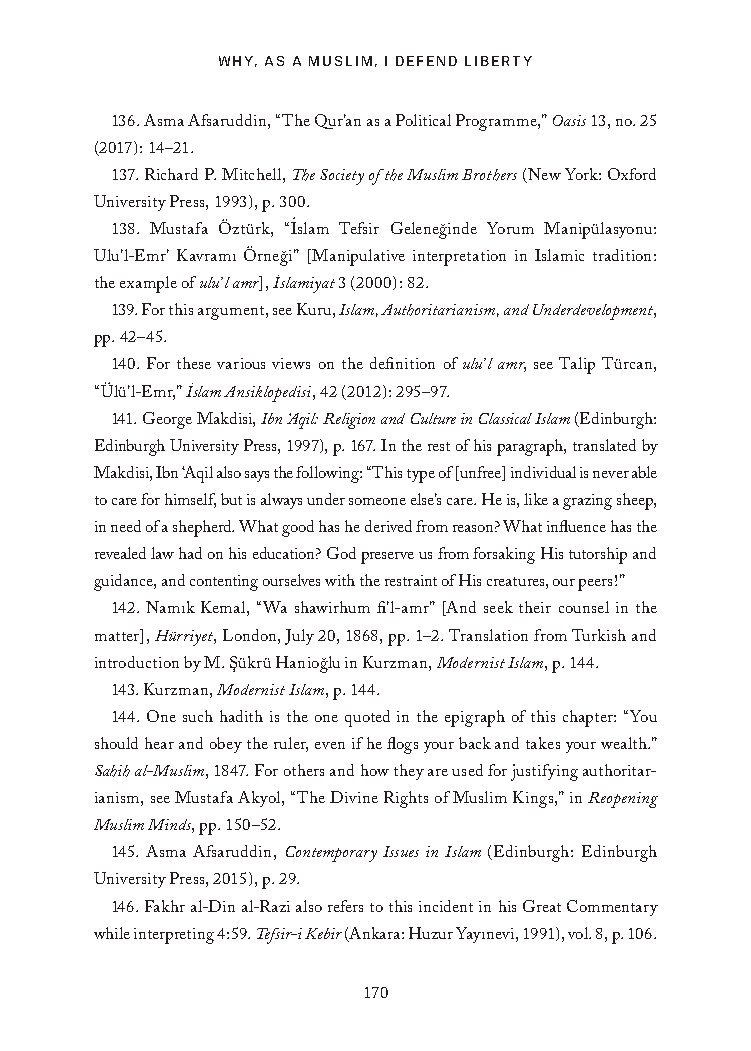
WHY, AS A MUSLIM, I DEFEND LIBERTY
 136. Asma Afsaruddin, “The Qur’an as a Political Programme,” Oasis 13, no. 25
 (2017): 14–21.
 137. Richard P. Mitchell, The Society of the Muslim Brothers (New York: Oxford
 University Press, 1993), p. 300.
 .
 138. Mustafa Öztürk, “Islam Tefsir Geleneg˘inde Yorum Manipülasyonu:
 Ulu’l-Emr’ Kavramı Örneg˘i” [Manipulative interpretation in Islamic tradition:
 the example of ulu’l amr], I˙slamiyat 3 (2000): 82.
 139. For this argument, see Kuru, Islam, Authoritarianism, and Underdevelopment,
 pp. 42–45.
 140. For these various views on the definition of ulu’l amr, see Talip Türcan,
 “Ülü’l-Emr,” I˙slam Ansiklopedisi, 42 (2012): 295–97.
 141. George Makdisi, Ibn ‘Aqil: Religion and Culture in Classical Islam (Edinburgh:
 Edinburgh University Press, 1997), p. 167. In the rest of his paragraph, translated by
 Makdisi, Ibn ‘Aqil also says the following: “This type of [unfree] individual is never able
 to care for himself, but is always under someone else’s care. He is, like a grazing sheep,
 in need of a shepherd. What good has he derived from reason? What influence has the
 revealed law had on his education? God preserve us from forsaking His tutorship and
 guidance, and contenting ourselves with the restraint of His creatures, our peers!”
 142. Namık Kemal, “Wa shawirhum fi’l-amr” [And seek their counsel in the
 matter], Hürriyet, London, July 20, 1868, pp. 1–2. Translation from Turkish and
 introduction by M. S¸ükrü Haniog˘lu in Kurzman, Modernist Islam, p. 144.
 143. Kurzman, Modernist Islam, p. 144.
 144. One such hadith is the one quoted in the epigraph of this chapter: “You
 should hear and obey the ruler, even if he flogs your back and takes your wealth.”
 Sahih al-Muslim, 1847. For others and how they are used for justifying authoritar-
 ianism, see Mustafa Akyol, “The Divine Rights of Muslim Kings,” in Reopening
 Muslim Minds, pp. 150–52.
 145. Asma Afsaruddin, Contemporary Issues in Islam (Edinburgh: Edinburgh
 University Press, 2015), p. 29.
 146. Fakhr al-Din al-Razi also refers to this incident in his Great Commentary
 while interpreting 4:59. Tefsir-i Kebir (Ankara: Huzur Yayınevi, 1991), vol. 8, p. 106.
 170
 25320_Ch12_Notes.indd 170              24/06/2021 10:34 AM